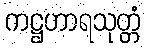
ကဋ္ဌဟာရသုတ္တံ